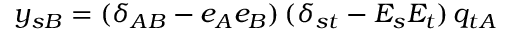
y _ { s B } = ( \delta _ { A B } - e _ { A } e _ { B } ) \, ( \delta _ { s t } - E _ { s } E _ { t } ) \, q _ { t A }